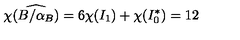
\chi ( \widehat { B / \alpha _ { B } } ) = 6 \chi ( I _ { 1 } ) + \chi ( I _ { 0 } ^ { * } ) = 1 2